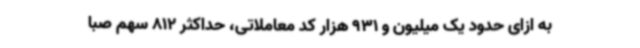
به ازای حدود یک میلیون و 931 هزار کد معاملاتی، حداکثر 812 سهم صبا